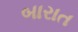
બારાત